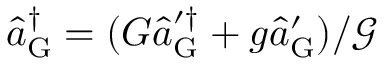
\hat { a } _ { \mathrm { G } } ^ { \dagger } = ( G \hat { a } _ { \mathrm { G } } ^ { \prime \dagger } + g \hat { a } _ { \mathrm { G } } ^ { \prime } ) / \mathcal { G }